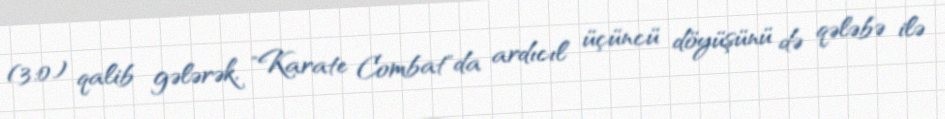
(3:0) qalib gələrək, "Karate Combat"da ardıcıl üçüncü döyüşünü də qələbə ilə